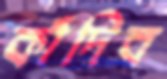
কাঁদিব